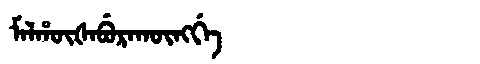
Manchu: ᠮᠠᠯᡥᡡᡧᠠᠪᡠᡵᠠᡴᡡᠩᡤᡝ
Romanization: MALHŪŠABURAKŪNGGE